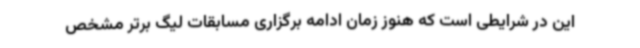
این در شرایطی است که هنوز زمان ادامه برگزاری مسابقات لیگ برتر مشخص